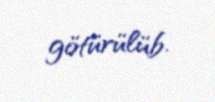
götürülüb.